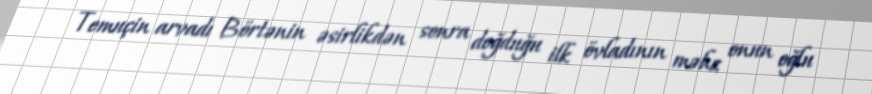
Temuçin arvadı Börtənin əsirlikdən sonra doğduğu ilk övladının məhz onun oğlu